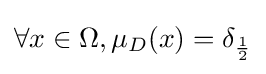
\forall x\in \Omega ,\mu _{D}(x)=\delta _{\frac {1}{2}}